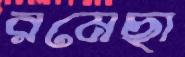
রমেছা